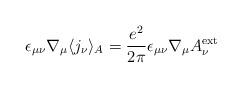
LaTeX: \begin{align*}\epsilon_{\mu\nu}\nabla_\mu \langle j_\nu\rangle_A=\frac{e^2}{2\pi}\epsilon_{\mu\nu}\nabla_\mu A_\nu^{\rm ext}\end{align*}